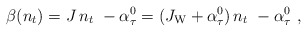
\begin{align*}\beta(n_t)= J \,n_t~- \alpha_{\tau}^0 = (J_{\rm W} + \alpha_{\tau}^0 )\,n_t~- \alpha_{\tau}^0~,\end{align*}